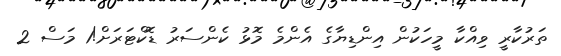
ތަރުކާރީ ވިއްކާ މީހަކުން އިންޑިޔާގެ އެންމެ މޮޅު ކެންސަރު ޑޮކްޓަރަށް!1 މަސް 2